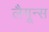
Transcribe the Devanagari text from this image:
लैगून्स